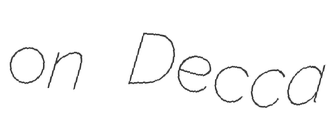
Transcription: on Decca